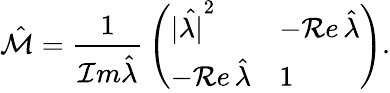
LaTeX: \hat{\cal M}={\frac{1}{{\cal I}m\hat{\lambda}}}\left(\begin{array}{ll}{{|\hat{\lambda|}^{2}}}&{{-{\cal R}e\, \hat{\lambda}}}\\ {{-{\cal R}e\, \hat{\lambda}}}&{{1}}\end{array}\right).